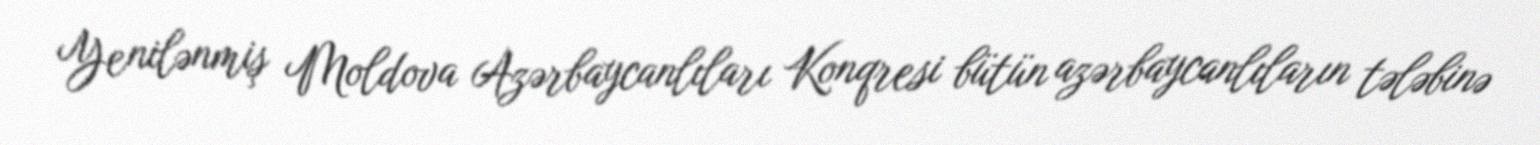
Yenilənmiş Moldova Azərbaycanlıları Konqresi bütün azərbaycanlıların tələbinə